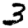
Digit: 3